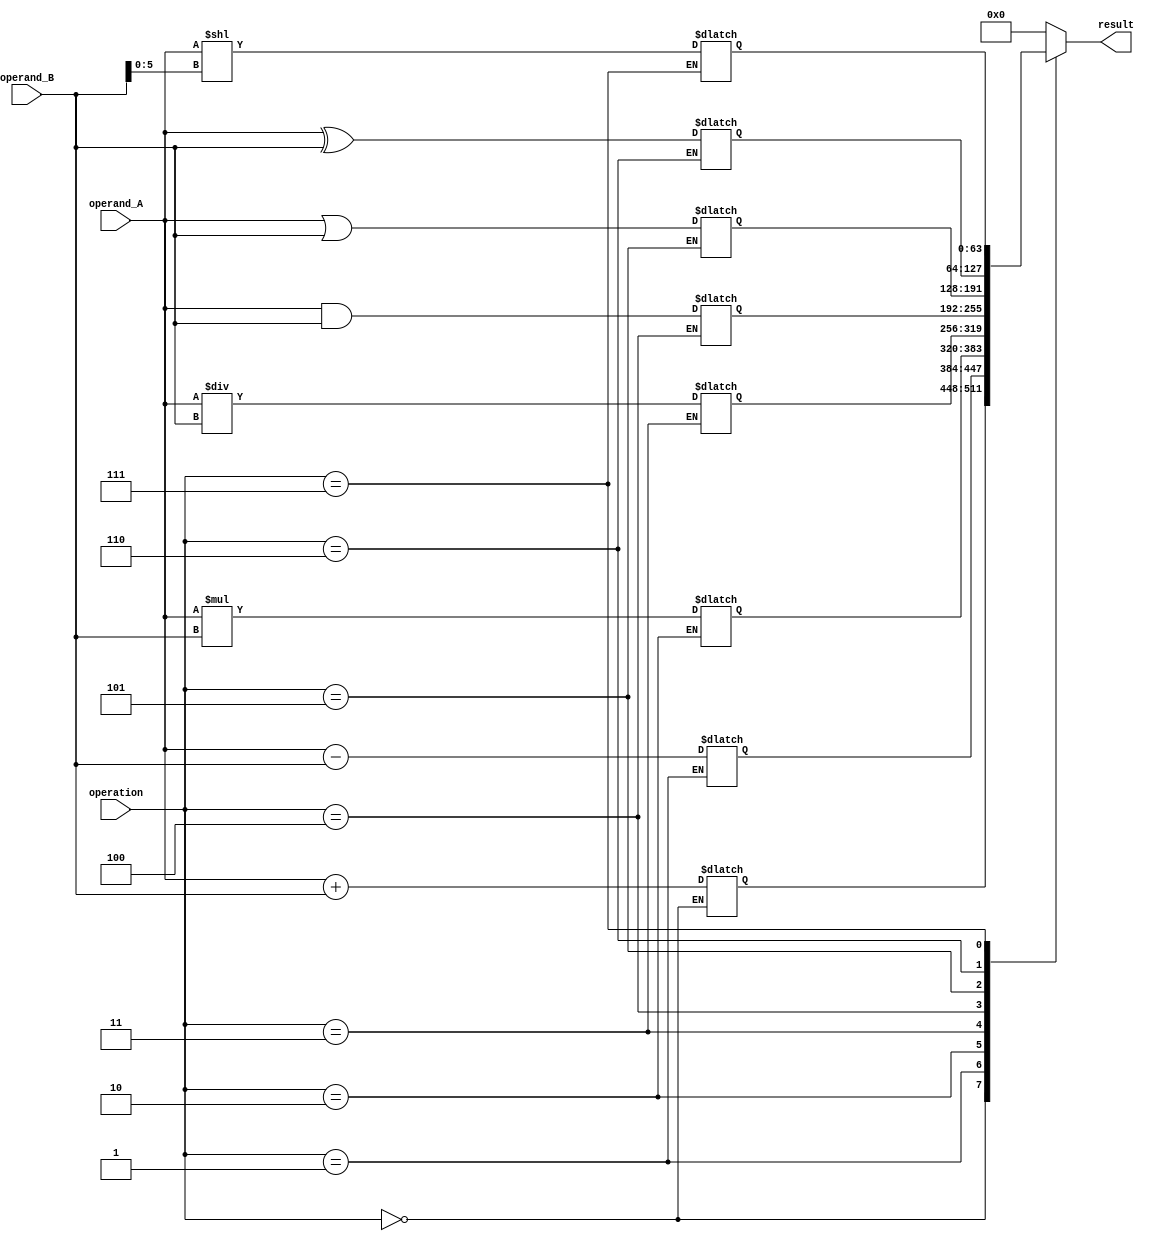
module ALU(
    input [63:0] operand_A,
    input [63:0] operand_B,
    input [3:0] operation,
    output reg [63:0] result
);

reg [63:0] add_result, sub_result, mul_result, div_result, and_result, or_result, xor_result, shift_result;

always @(*)
begin
    case(operation)
        4'b0000: add_result = operand_A + operand_B;
        4'b0001: sub_result = operand_A - operand_B;
        4'b0010: mul_result = operand_A * operand_B;
        4'b0011: div_result = operand_A / operand_B;
        4'b0100: and_result = operand_A & operand_B;
        4'b0101: or_result = operand_A | operand_B;
        4'b0110: xor_result = operand_A ^ operand_B;
        4'b0111: shift_result = operand_A << operand_B[5:0];
    endcase
end

always @(*)
begin
    case(operation)
        4'b0000: result = add_result;
        4'b0001: result = sub_result;
        4'b0010: result = mul_result;
        4'b0011: result = div_result;
        4'b0100: result = and_result;
        4'b0101: result = or_result;
        4'b0110: result = xor_result;
        4'b0111: result = shift_result;
        default: result = 64'b0;
    endcase
end

endmodule